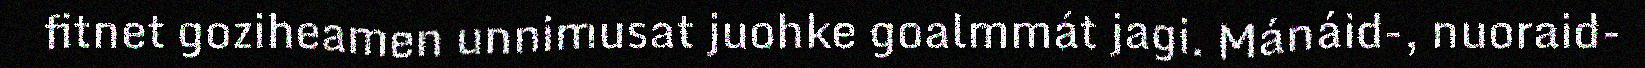
fitnet goziheamen unnimusat juohke goalmmát jagi. Mánáid-, nuoraid-